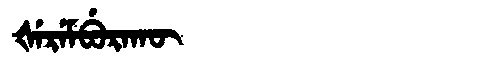
Manchu: ᡧᡝᡵᡝᠮᠪᡠᡵᠠᡴᡡ
Romanization: ŠEREMBURAKŪ